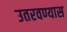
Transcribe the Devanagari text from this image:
उतरवण्यास